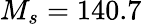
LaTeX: M_{s}=140.7